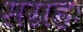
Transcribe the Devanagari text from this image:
सग्रहः